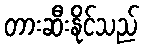
တားဆီးနိုင်သည်